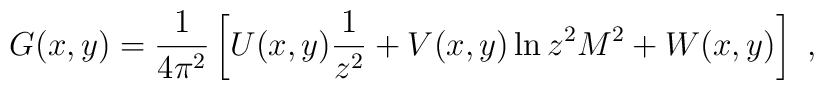
G(x,y) = {1\over 4\pi^2} \left[ U(x,y){1\over z^2} +         V(x,y) \ln z^2 M^2 + W(x,y) \right] \,\,,